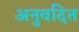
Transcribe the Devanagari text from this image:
अनुवदित